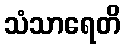
သံသာရေတိ